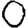
Digit: 0